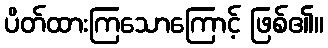
ပိတ်ထားကြသောကြောင့် ဖြစ်၏။